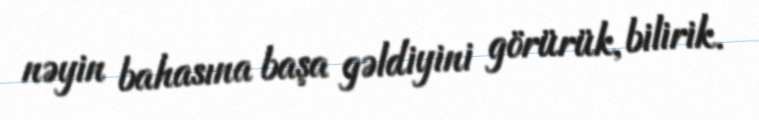
nəyin bahasına başa gəldiyini görürük, bilirik.